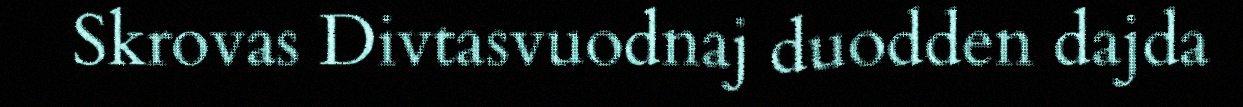
Skrovas Divtasvuodnaj duodden dajda